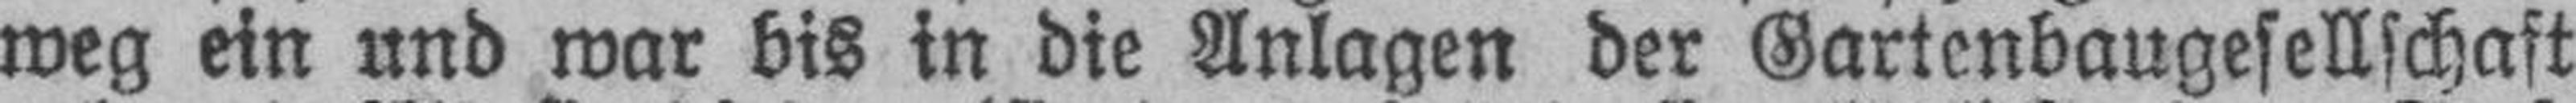
weg ein und war bis in die Anlagen der Gartenbaugesellschaft